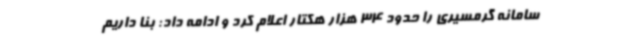
سامانه گرمسیری را حدود 34 هزار هکتار اعلام کرد و ادامه داد: بنا داریم